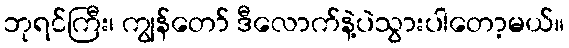
ဘုရင်ကြီး၊ ကျွန်တော် ဒီလောက်နဲ့ပဲသွားပါတော့မယ်။